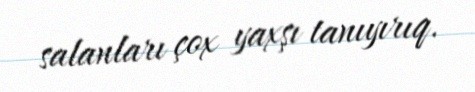
salanları çox yaxşı tanıyırıq.